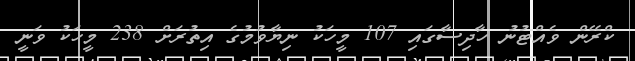
ކްރޭން ވެއްޓުނު ހާދިސާގައި 107 މީހަކު ނިޔާވުމުގެ އިތުރަށް 238 މީހަކު ވަނީ